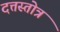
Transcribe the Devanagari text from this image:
दत्तस्तोत्र